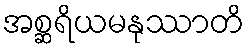
အစ္ဆရိယမနုဿာတိ